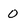
Character: 0